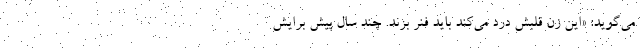
می‌گوید: «این زن قلبش درد می‌کند باید فنر بزند. چند سال پیش برایش